Regulations for the medical services of the Army of India
Year: 1930
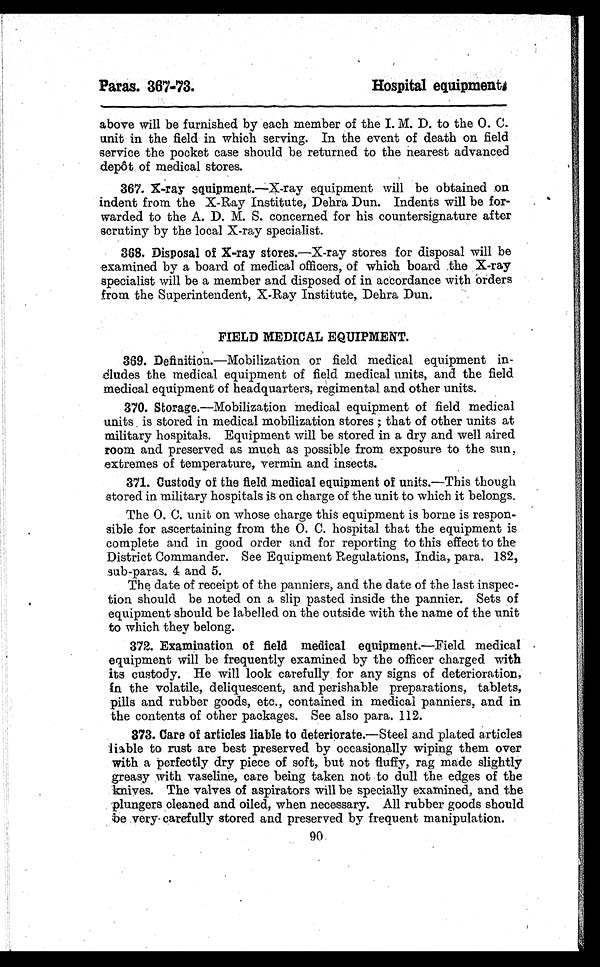
Paras. 367-73.
Hospital equipments
above will be furnished by each member of the I. M. D. to the O. C.
unit in the field in which serving. In the event of death on field
service the pocket case should be returned to the nearest advanced
depôt of medical stores.
367. X-ray equipment.—X-ray equipment will be obtained on
indent from the X-Ray Institute, Dehra Dun. Indents will be for-
warded to the A. D. M. S. concerned for his countersignature after
scrutiny by the local X-ray specialist.
368. Disposal of X-ray stores. —X-ray stores for disposal will be
examined by a board of medical officers, of which board the X-ray
specialist will be a member and disposed of in accordance with orders
from the Superintendent, X-Ray Institute, Dehra Dun.
FIELD MEDICAL EQUIPMENT.
369. Definition.—Mobilization or field medical equipment in-
cludes the medical equipment of field medical units, and the field
medical equipment of headquarters, regimental and other units.
370. Storage.—Mobilization medical equipment of field medical
units is stored in medical mobilization stores; that of other units at
military hospitals. Equipment will be stored in a dry and well aired
room and preserved as much as possible from exposure to the sun,
extremes of temperature, vermin and insects.
371. Custody of the field medical equipment of units. —This though
stored in military hospitals is on charge of the unit to which it belongs.
The O. C. unit on whose charge this equipment is borne is respon-
sible for ascertaining from the O. C. hospital that the equipment is
complete and in good order and for reporting to this effect to the
District Commander. See Equipment Regulations, India, para. 182,
sub-paras. 4 and 5.
The date of receipt of the panniers, and the date of the last inspec-
tion should be noted on a slip pasted inside the pannier. Sets of
equipment should be labelled on the outside with the name of the unit
to which they belong.
372. Examination of field medical equipment. —Field medical
equipment will be frequently examined by the officer charged with
its custody. He will look carefully for any signs of deterioration,
in the volatile, deliquescent, and perishable preparations, tablets,
pills and rubber goods, etc., contained in medical panniers, and in
the contents of other packages. See also para. 112.
373. Care of articles liable to deteriorate. —Steel and plated articles
liable to rust are best preserved by occasionally wiping them over
with a perfectly dry piece of soft, but not fluffy, rag made slightly
greasy with vaseline, care being taken not to dull the edges of the
knives. The valves of aspirators will be specially examined, and the
plungers cleaned and oiled, when necessary. All rubber goods should
be very carefully stored and preserved by frequent manipulation.
90